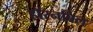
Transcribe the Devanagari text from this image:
हॉरनबिल